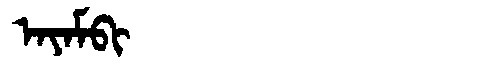
Manchu: ᠠᠶᠠᠮᠪᡳ
Romanization: AYAMBI